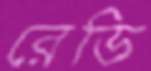
রেডি